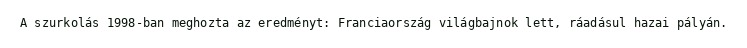
A szurkolás 1998-ban meghozta az eredményt: Franciaország világbajnok lett, ráadásul hazai pályán.